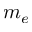
m _ { e }